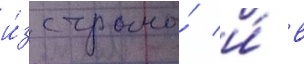
и́з страны́ и́ в